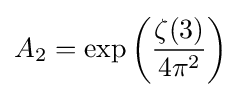
A_{2}=\exp \left({\frac {\zeta (3)}{4\pi ^{2}}}\right)